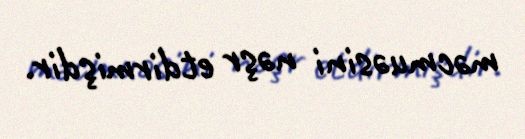
məcmuəsini nəşr etdirmişdir.